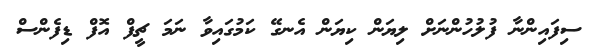
ސިފައިންނާ ފުލުހުންނަށް ލިޔަން ކިޔަން އެނގޭ ކަމުގައިވާ ނަމަ ޗީފް އޮފް ޑިފެންސް